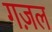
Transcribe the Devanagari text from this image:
गज़ल